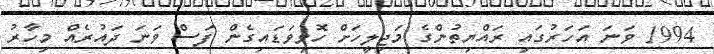
1994 ވަނަ އަހަރުގައި ރައްޔިތުންގެ މަޖިލީހަށް ހޮވިވަޑައިގެން ފަސް ވަނަ ދައުރެއް މިހާރު